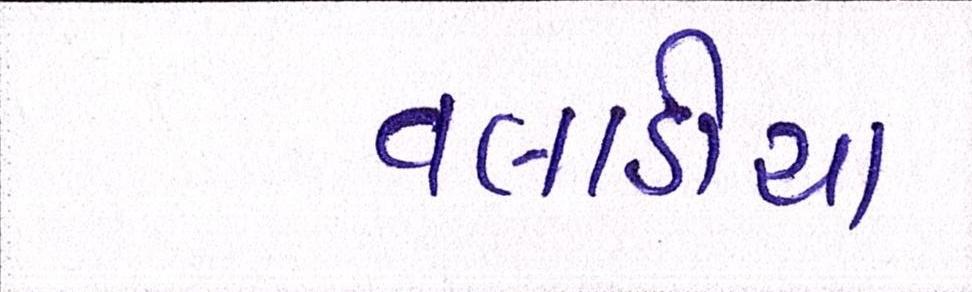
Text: વલાડીયા